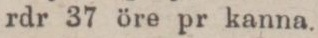
rdr 37 öre pr kanna.